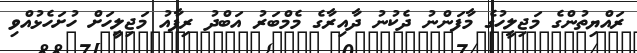
ރައްޔިތުންގެ މަޖިލީހުގެ މާފަންނު ދެކުނު ދާއިރާގެ މެމްބަރު އަބްދު ރިފާއު މަޖިލީހަށް ހުށަހެޅުއްވި